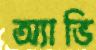
অ্যাভি